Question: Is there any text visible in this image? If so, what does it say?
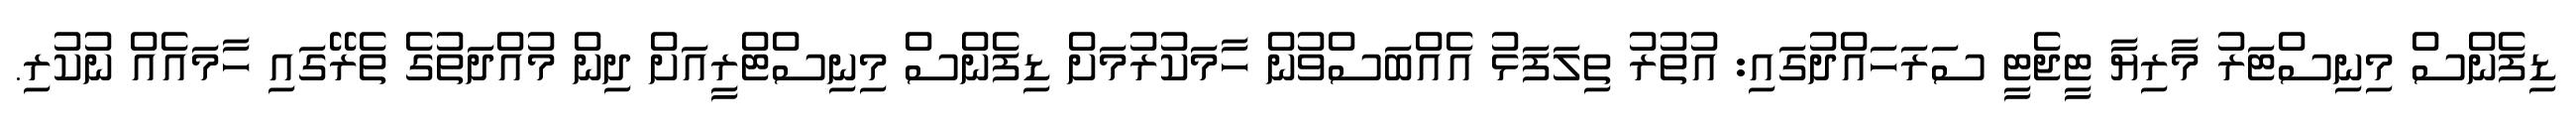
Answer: ޑިފެންސް މިނިސްޓަރު މާރިޔާ ޓީޖެޓީ ސަރަހައްދުގައި: އުތުރު ތިލަފަޅު އެއްބަސްވުން ހާމަކުރުމަށް ޑިފެންސް މިނިސްޓްރީއަށް ދިން މުއްދަތުގެ ތެރޭގައި ހާމައެއް ނުކުރި.